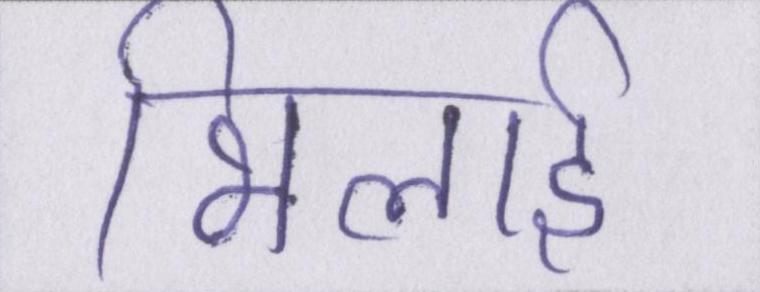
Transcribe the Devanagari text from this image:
भिलाई